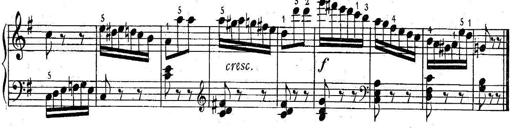
Title: 6 Easy Sonatinas
Composer: Carl Czerny